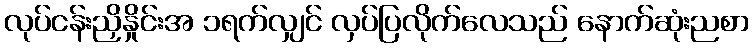
လုပ်ငန်းညှိနှိုင်းအ ၁ရက်လျှင် လှပ်ပြလိုက်လေသည် နောက်ဆုံးညစာ